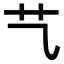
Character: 𦫴